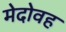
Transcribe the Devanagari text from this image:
मेदोवह